Medical and sanitary report on the native army of Bombay for the year
Year: 1877
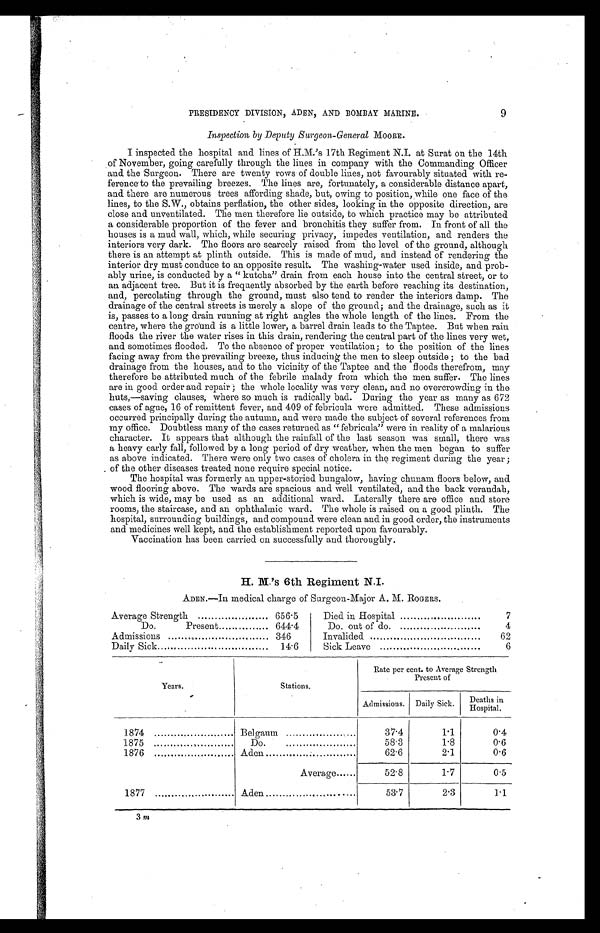
PRESIDENCY DIVISION, ADEN, AND BOMBAY MARINE.
9
Inspection by Deputy Surgeon-General MOORE.
I inspected the hospital and lines of H.M.'s 17th Regiment N.I. at Surat on the 14th
of November, going carefully through the lines in company with the Commanding Officer
and the Surgeon. There are twenty rows of double lines, not favourably situated with re-
ference-to the prevailing breezes. The lines are, fortunately, a considerable distance apart,
and there are numerous trees affording shade, but, owing to position, while one face of the
lines, to the S.W., obtains perflation, the other sides, looking the opposite direction, are
close and unventilated. The men therefore lie outside, to which practice may be attributed
a considerable proportion of the fever and bronchitis they suffer from. In front of all the
houses is a mud wall, which, while securing privacy, impedes ventilation, and renders the
interiors very dark. The floors are scarcely raised from the level of the ground, although
there is an attempt at plinth outside. This is made of mud, and instead of rendering the
interior dry must conduce to an opposite result. The washing-water used inside, and prob-
ably urine, is conducted by a " kutcha" drain from each house into the central street, or to
an adjacent tree. But it is frequently absorbed by the earth before reaching its destination,
and, percolating through the ground, must also tend to render the interiors damp. The
drainage of the central streets is merely a slope of the ground; and the drainage, such as it
is, passes to a long drain running at right angles the whole length of the lines. From the
centre, where the ground is a little lower, a barrel drain leads to the Taptee. But when rain
floods the river the water rises in this drain, rendering the central part of the lines very wet,
and sometimes flooded. To the absence of proper ventilation; to the position of the lines
facing away from the prevailing breeze, thus inducing the men to sleep outside ; to the bad
drainage from the houses, and to the vicinity of the Taptee and the floods therefrom, may
therefore be attributed much of the febrile malady from which the men suffer. The lines
are in good order and repair ; the whole locality was very clean, and no overcrowding in the
huts,—saving clauses, where so much is radically bad. During the year as many as 672
cases of ague, 16 of remittent fever, and 409 of febricula were admitted. These admissions
occurred principally during the autumn, and were made the subject of several references from
my office. Doubtless many of the cases returned as "febricula" were in reality of a malarious
character. It appears that although the rainfall of the last season was small, there was
a heavy early fall, followed by a long period of dry weather, when the men began to suffer
as above indicated. There were only two cases of cholera in the regiment during the year ;
. of the other diseases treated none require special notice.
The hospital was formerly an upper-storied bungalow, having chunam floors below, and
wood flooring above. The wards are spacious and well ventilated, and the back verandah,
which is wide, may be used as an additional ward. Laterally there are office and store
rooms, the staircase, and an ophthalmic ward. The whole is raised on a good plinth. The
hospital, surrounding buildings, and compound were clean and in good order, the instruments
and medicines well kept, and the establishment reported upon favourably.
Vaccination has been carried on successfully and thoroughly.
H. M.'s 6th Regiment N.I.
ADEN.—In medical charge of Surgeon-Maior A. M. ROGERS.
Average Strength
656.5
Died in Hospital
7
Do. Present
644.4
Do out of do.
4
Admissions
346
Invalided.
62
Daily Sick
14.6
Sick Leave
6
Years.
Stations.
Rate per cent. to Average Strength
Present of
Admissions. Daily Sick.
Deaths
i n H o s p i t a l .
1874
Belgaum
37.4
1.1
0.4
1875
Do.
58.3
1.8
0.6
1876
Aden
62.6
2.1
0.6
Average
52.8
1.7
0.5
1877
Aden
.
53.7
2.3
1.1
3m